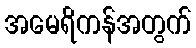
အမေရိကန်အတွက်